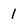
Character: 1